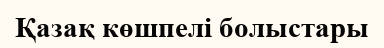
Қазақ көшпелі болыстары